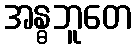
အန္ဓဘူတေ